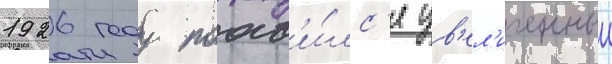
1926 году поав'и́лс'я ув'ел'иченныи